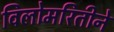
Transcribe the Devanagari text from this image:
विलोमरितीने